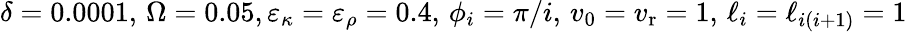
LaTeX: \delta=0.0001,\, \Omega=0.05,\varepsilon_{\kappa}=\varepsilon_{\rho}=0.4,\, \phi_{i}=\pi/i,\, v_{0}=v_{\mathrm{r}}=1,\, \ell_{i}=\ell_{i(i+1)}=1